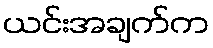
ယင်းအချက်က